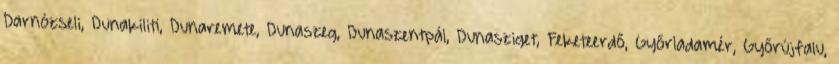
Darnózseli, Dunakiliti, Dunaremete, Dunaszeg, Dunaszentpál, Dunasziget, Feketeerdő, Győrladamér, Győrújfalu,